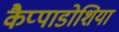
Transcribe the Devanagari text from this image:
कैप्पाडोशिया